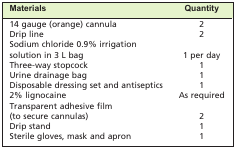
| Materials | Quantity |
 | --- | --- |
 | 14 gauge (orange) cannula | 2 |
 | Drip line | 2 |
 | Sodium chloride 0.9% irrigation |  |
 | solution in 3 L bag | 1 per day |
 | Three-way stopcock | 1 |
 | Urine drainage bag | 1 |
 | Disposable dressing set and antiseptics | 1 |
 | 2% lignocaine | As required |
 | Transparent adhesive film |  |
 | (to secure cannulas) | 2 |
 | Drip stand | 1 |
 | Sterile gloves, mask and apron | 1 |